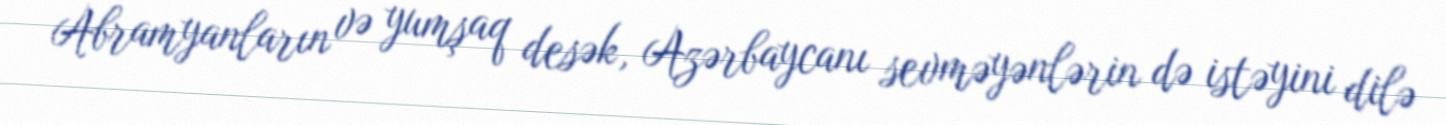
Abramyanların və yumşaq desək, Azərbaycanı sevməyənlərin də istəyini dilə